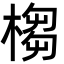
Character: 㮲